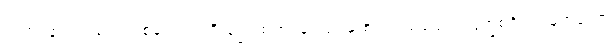
ထက်ဝန်းကျင်မှ ပြည့်စုံသော။ ပရိသုဒ္ဓံ၊ ထက်ဝန်းကျင်မှ စင်ကြယ်သော။ ဗြဟ္မစရိယံ၊ မြတ်သော